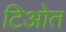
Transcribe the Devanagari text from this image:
टिओत